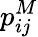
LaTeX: p_{ij}^{M}